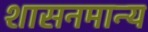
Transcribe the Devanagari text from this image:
शासनमान्‍य